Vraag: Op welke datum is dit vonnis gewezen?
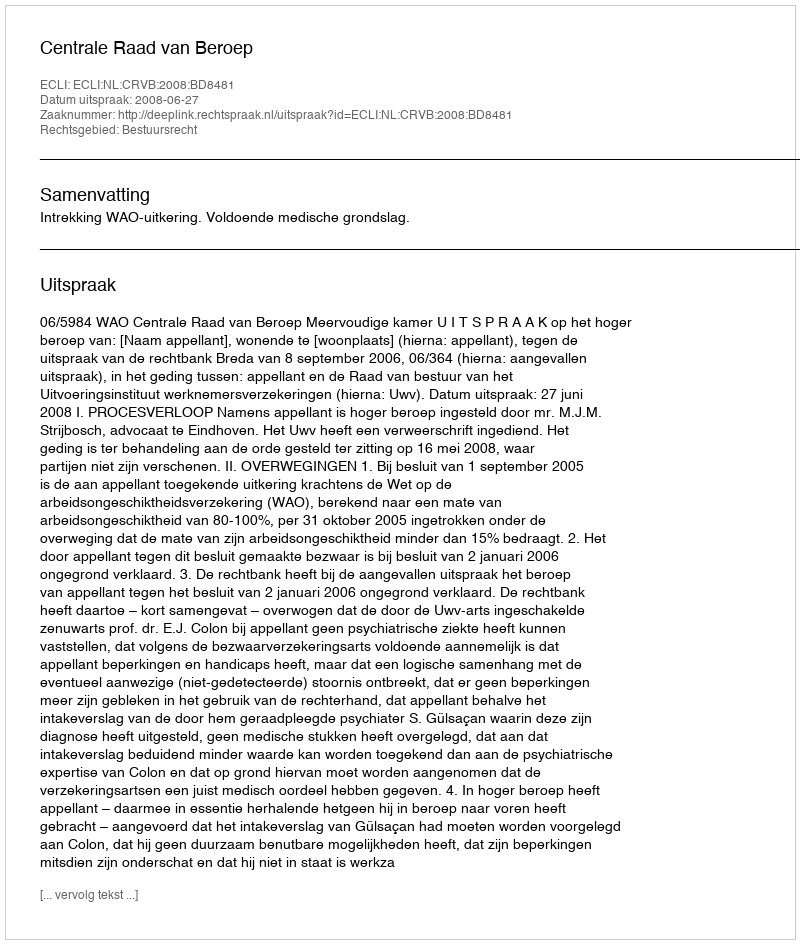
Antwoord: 2008-06-27